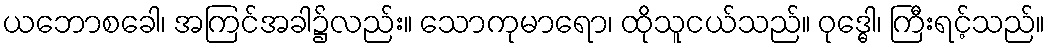
ယဘောစခေါ၊ အကြင်အခါ၌လည်း။ သောကုမာရော၊ ထိုသူငယ်သည်။ ဝုဒ္ဓေါ၊ ကြီးရင့်သည်။